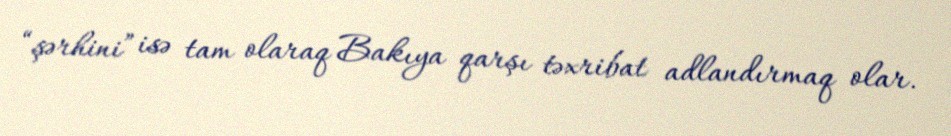
“şərhini” isə tam olaraq Bakıya qarşı təxribat adlandırmaq olar.